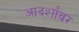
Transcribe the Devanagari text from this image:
आदर्शांवर